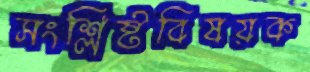
সংশ্লিষ্টবিষয়ক